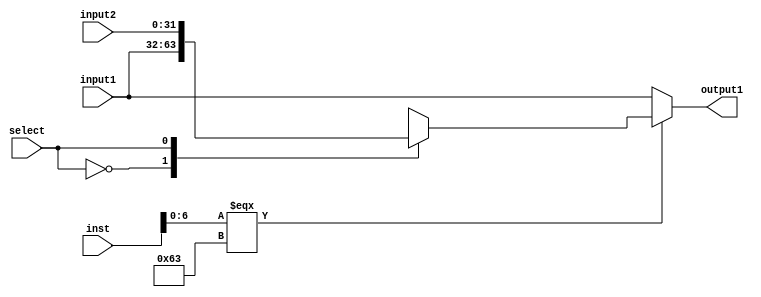
module ABC(input1, input2, select, inst, output1);
input [31:0] input1, input2, inst;
input select;
output reg [31:0] output1;

always @(*)
	begin
	if(inst[6:0] === 7'b1100011)
		begin
		case(select)
		1'b0:	begin
			output1 <= input1;		
			end
		1'b1:
			begin
			output1 <= input2;
			end
		endcase
		end
	else
		output1 <= input1;
	end
endmodule